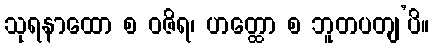
သုရနာထော စ ဝဇိရ၊ ဟတ္ထော စ ဘူတပတျ’ပိ။